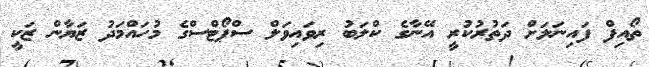
ތޯއިފް ފައިނަލަށް ދަތުރުކުރީ އޭނާގެ ކްލަބު ރިވައިވަލް ސްޕޯޓްސްގެ މުހައްމަދު ޒަޔާން ޒަކީ